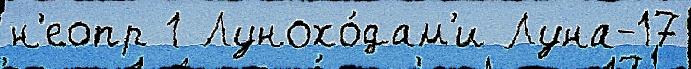
н'еопр 1 Лунохо́дам'и Луна-17